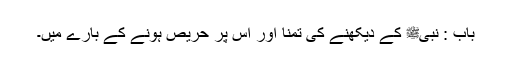
باب : نبیﷺ کے دیکھنے کی تمنا اور اس پر حریص ہونے کے بارے میں۔